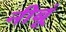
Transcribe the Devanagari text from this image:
नीबूं